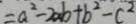
= a ^ { 2 } - 2 a b + b ^ { 2 } - c ^ { 2 }